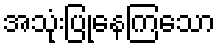
အသုံးပြုနေကြသော